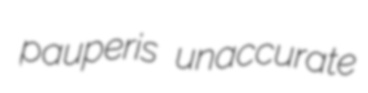
pauperis unaccurate